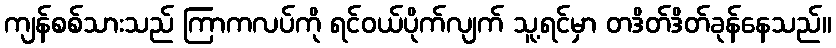
ကျန်စစ်သားသည် ကြာကလပ်ကို ရင်ဝယ်ပိုက်လျက် သူ့ရင်မှာ တဒိတ်ဒိတ်ခုန်နေသည်။